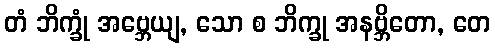
တံ ဘိက္ခုံ အဗ္ဘေယျ, သော စ ဘိက္ခု အနဗ္ဘိတော, တေ